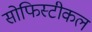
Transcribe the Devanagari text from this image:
सोफिस्टीकल